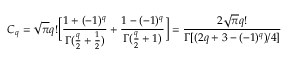
C _ { q } = \sqrt { \pi } q ! \Big [ \frac { 1 + ( - 1 ) ^ { q } } { \Gamma ( \frac { q } { 2 } + \frac { 1 } { 2 } ) } + \frac { 1 - ( - 1 ) ^ { q } } { \Gamma ( \frac { q } { 2 } + 1 ) } \Big ] = \frac { 2 \sqrt { \pi } q ! } { \Gamma [ ( 2 q + 3 - ( - 1 ) ^ { q } ) / 4 ] }